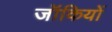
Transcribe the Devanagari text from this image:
जॉकियों